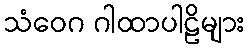
သံဝေဂ ဂါထာပါဠိများ